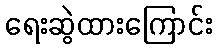
ရေးဆွဲထားကြောင်း